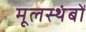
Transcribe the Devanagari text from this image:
मूलस्थंबों